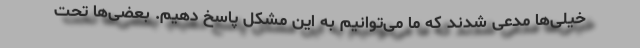
خیلی‌ها مدعی شدند که ما می‌توانیم به این مشکل پاسخ دهیم. بعضی‌ها تحت